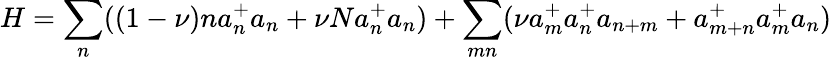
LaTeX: H=\sum_{n}((1-\nu)na_{n}^{+}a_{n}+\nu Na_{n}^{+}a_{n})+\sum_{mn}(\nu a_{m}^{+}a_{n}^{+}a_{n+m}+a_{m+n}^{+}a_{m}^{+}a_{n})